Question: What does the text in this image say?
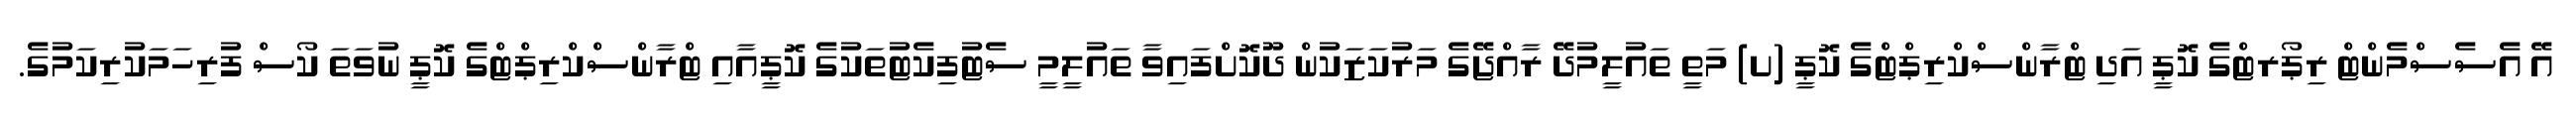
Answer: އޭ އެސެސްމެންޓް ރިޕޯރޓްގެ ކޮޕީ އަދި ޓްރާންސްކްރިޕްޓްގެ ކޮޕީ (ށ) މަތީ ތައުލީމުދޭ ރާއްޖޭގެ މަރުކަޒަކުން ދޫކޮށްފައިވާ ތައުލީމީ ސެޓުފިކެޓުތަކުގެ ކޮޕީއާއި ޓްރާންސްކްރިޕްޓްގެ ކޮޕީ ނުވަތަ ކޯސް ފުރިހަމަކުރިކަމުގެ.